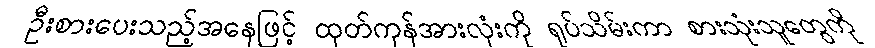
ဦးစားပေးသည့်အနေဖြင့် ထုတ်ကုန်အားလုံးကို ရုပ်သိမ်းကာ စားသုံးသူတွေကို